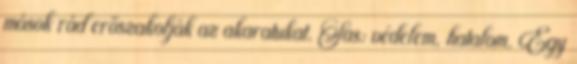
mások rád erőszakolják az akaratukat. Sas: védelem, hatalom. Egy